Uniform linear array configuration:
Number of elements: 24
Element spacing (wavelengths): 1
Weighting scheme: blackman
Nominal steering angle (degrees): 15
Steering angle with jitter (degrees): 15.393
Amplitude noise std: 0.05
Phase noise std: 0.05

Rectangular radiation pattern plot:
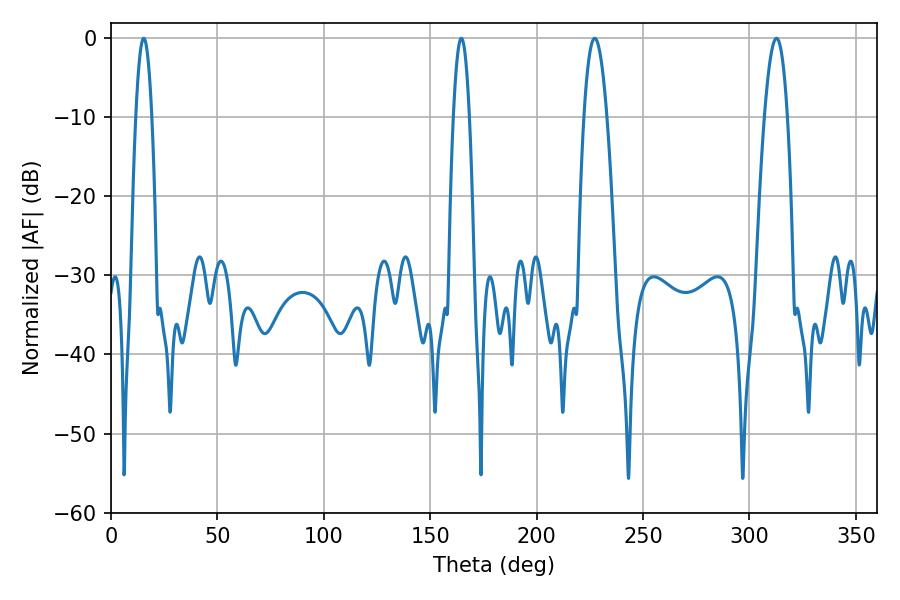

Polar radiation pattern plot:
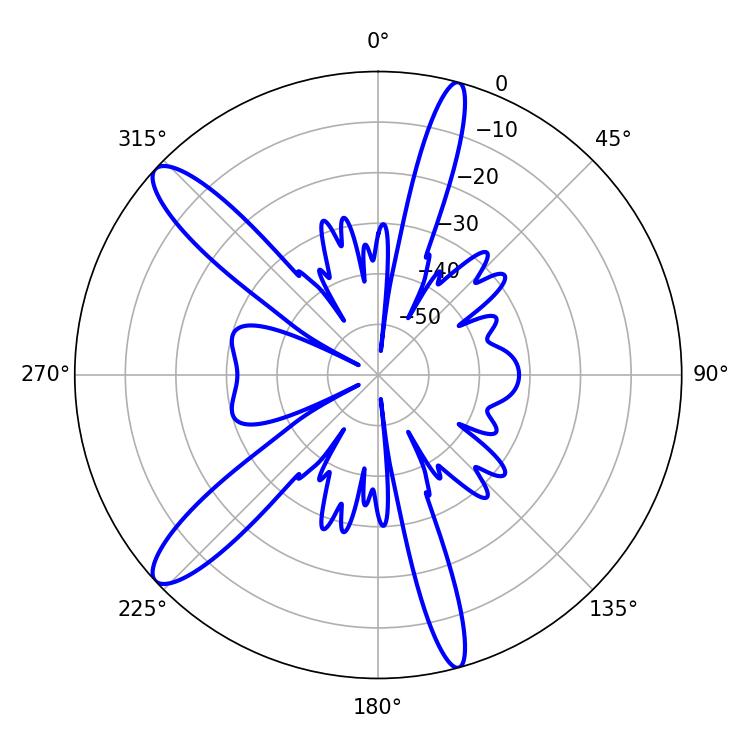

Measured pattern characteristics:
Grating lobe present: TRUE
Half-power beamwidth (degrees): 5.94
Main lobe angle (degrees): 312.66